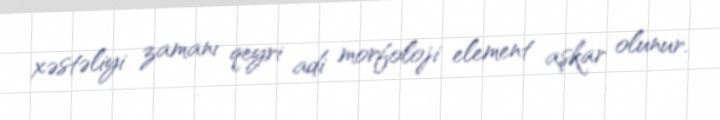
xəstəliyi zamanı qeyri adi morfoloji element aşkar olunur.